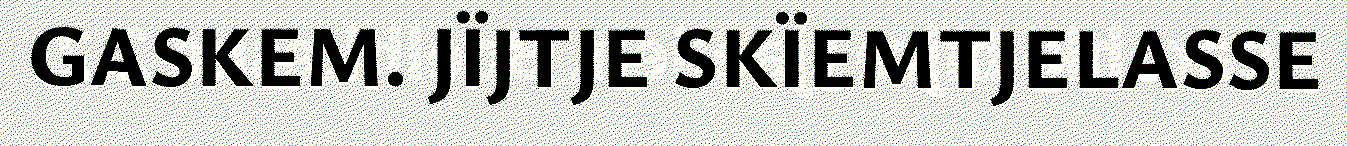
GASKEM. JÏJTJE SKÏEMTJELASSE